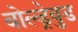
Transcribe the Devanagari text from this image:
बोल्ड्रेवुड